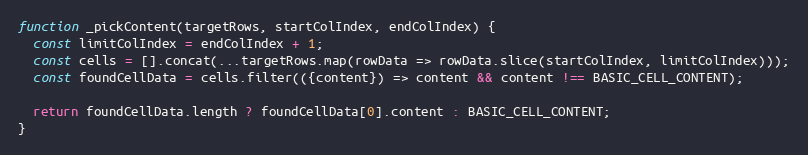
Language: JavaScript
function _pickContent(targetRows, startColIndex, endColIndex) {
  const limitColIndex = endColIndex + 1;
  const cells = [].concat(...targetRows.map(rowData => rowData.slice(startColIndex, limitColIndex)));
  const foundCellData = cells.filter(({content}) => content && content !== BASIC_CELL_CONTENT);

  return foundCellData.length ? foundCellData[0].content : BASIC_CELL_CONTENT;
}